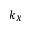
k _ { X }